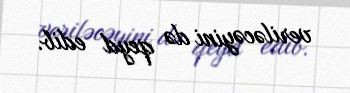
veriləcəyini də qeyd edib.